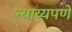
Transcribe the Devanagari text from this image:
न्याय्यपणे